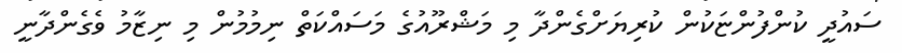
ސައުދީ ކުންފުންޏަކުން ކުރިޔަށްގެންދާ މި މަޝްރޫއުގެ މަސައްކަތް ނިމުމުން މި ނިޒާމު ވެގެންދާނީ